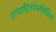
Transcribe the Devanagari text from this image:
उत्पादितपेनसिलिंस